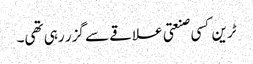
ٹرین کسی صنعتی علاقے سے گزر رہی تھی۔